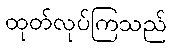
ထုတ်လုပ်ကြသည်